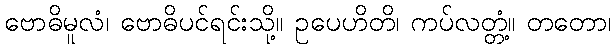
ဗောဓိမူလံ၊ ဗောဓိပင်ရင်းသို့။ ဥပေဟိတိ၊ ကပ်လတ္တံ့။ တတော၊